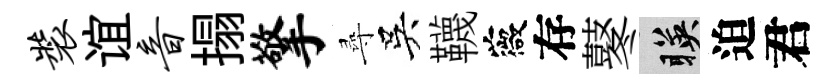
装谊音搨擎尋吳韈薇存鼕暎迫君